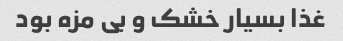
غذا بسیار خشک و بی مزه بود